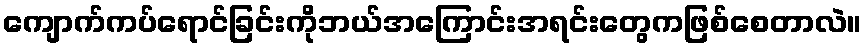
ကျောက်ကပ်ရောင်ခြင်းကိုဘယ်အကြောင်းအရင်းတွေကဖြစ်စေတာလဲ။